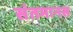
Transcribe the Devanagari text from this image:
संतमानस